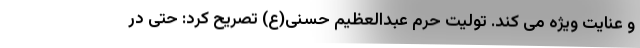
و عنایت ویژه می کند. تولیت حرم عبدالعظیم حسنی(ع) تصریح کرد: حتی در